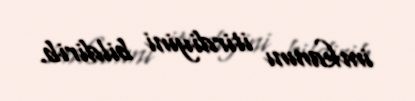
imkanını itirdiyini bildirib.